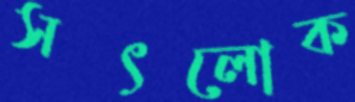
সৎলোক